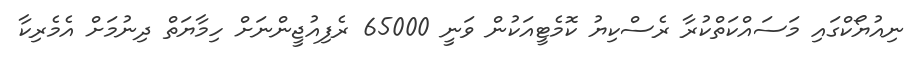
ނިއުޔޯކްގައި މަސައްކަތްކުރާ ރެސްކިޔު ކޮމެޓީއަކުން ވަނީ 65000 ރެފިއުޖީންނަށް ހިމާޔަތް ދިނުމަށް އެމެރިކާ